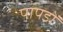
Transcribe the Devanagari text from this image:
पापडों